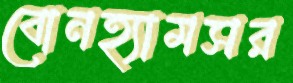
বোনহ্যামসর